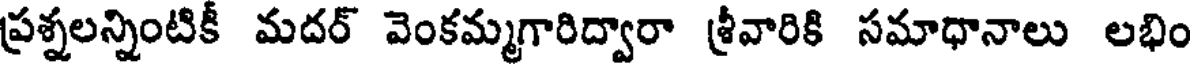
ప్రశ్నలన్నింటికీ మదర్ వెంకమ్మగారిద్వారా శ్రీవారికి సమాధానాలు లభిం